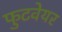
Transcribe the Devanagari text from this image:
फुटवेयर